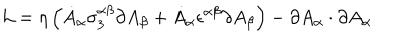
{ \cal L } = \eta \left( \dot { A } _ { \alpha } \sigma _ { 3 } ^ { \alpha \beta } \partial A _ { \beta } + \dot { A } _ { \alpha } \epsilon ^ { \alpha \beta } \partial A _ { \beta } \right) - \partial A _ { \alpha } \cdot \partial A _ { \alpha }